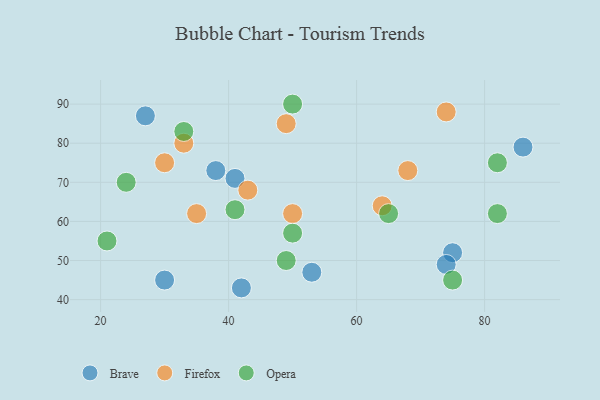
{"axis": {"x": "GDP", "y": "Life Expectancy"}, "legend": ["Brave", "Firefox", "Opera"], "data": [{"x": "38", "y": 73, "type": "Brave"}, {"x": "27", "y": 87, "type": "Brave"}, {"x": "53", "y": 47, "type": "Brave"}, {"x": "75", "y": 52, "type": "Brave"}, {"x": "41", "y": 71, "type": "Brave"}, {"x": "30", "y": 45, "type": "Brave"}, {"x": "74", "y": 49, "type": "Brave"}, {"x": "42", "y": 43, "type": "Brave"}, {"x": "86", "y": 79, "type": "Brave"}, {"x": "33", "y": 80, "type": "Firefox"}, {"x": "35", "y": 62, "type": "Firefox"}, {"x": "49", "y": 85, "type": "Firefox"}, {"x": "68", "y": 73, "type": "Firefox"}, {"x": "64", "y": 64, "type": "Firefox"}, {"x": "50", "y": 62, "type": "Firefox"}, {"x": "30", "y": 75, "type": "Firefox"}, {"x": "43", "y": 68, "type": "Firefox"}, {"x": "74", "y": 88, "type": "Firefox"}, {"x": "50", "y": 57, "type": "Opera"}, {"x": "65", "y": 62, "type": "Opera"}, {"x": "49", "y": 50, "type": "Opera"}, {"x": "21", "y": 55, "type": "Opera"}, {"x": "50", "y": 90, "type": "Opera"}, {"x": "75", "y": 45, "type": "Opera"}, {"x": "33", "y": 83, "type": "Opera"}, {"x": "82", "y": 75, "type": "Opera"}, {"x": "41", "y": 63, "type": "Opera"}, {"x": "82", "y": 62, "type": "Opera"}, {"x": "24", "y": 70, "type": "Opera"}]}